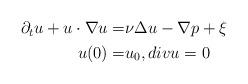
LaTeX: \begin{align*}\aligned\partial_t u+u\cdot \nabla u = &\nu \Delta u-\nabla p+\xi \\u(0)=&u_0, div u = 0\endaligned\end{align*}